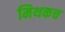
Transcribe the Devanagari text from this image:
मिथकच